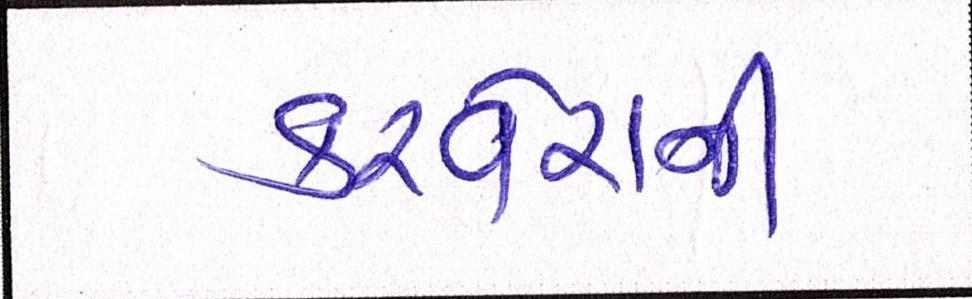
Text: કરવેરાની